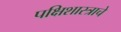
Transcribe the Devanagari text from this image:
पक्षिशास्त्राचे